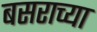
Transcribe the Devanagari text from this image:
बसराच्या